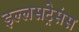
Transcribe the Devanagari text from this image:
इल्लसट्रेसंस